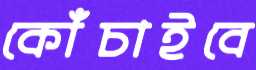
কোঁচাইবে